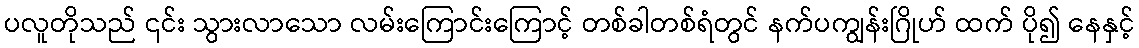
ပလူတိုသည် ၎င်း သွားလာသော လမ်းကြောင်းကြောင့် တစ်ခါတစ်ရံတွင် နက်ပကျွန်းဂြိုဟ် ထက် ပို၍ နေနှင့်